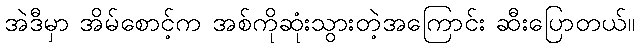
အဲဒီမှာ အိမ်စောင့်က အစ်ကိုဆုံးသွားတဲ့အကြောင်း ဆီးပြောတယ်။